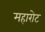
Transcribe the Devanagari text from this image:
महारोट